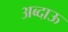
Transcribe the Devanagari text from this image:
अब्दाऊ